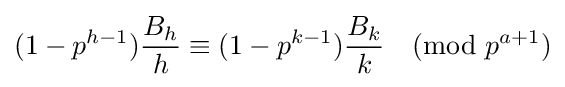
(1-p^{h-1}){\frac {B_{h}}{h}}\equiv (1-p^{k-1}){\frac {B_{k}}{k}}{\pmod {p^{a+1}}}